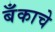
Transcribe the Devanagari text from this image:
बँकाचे